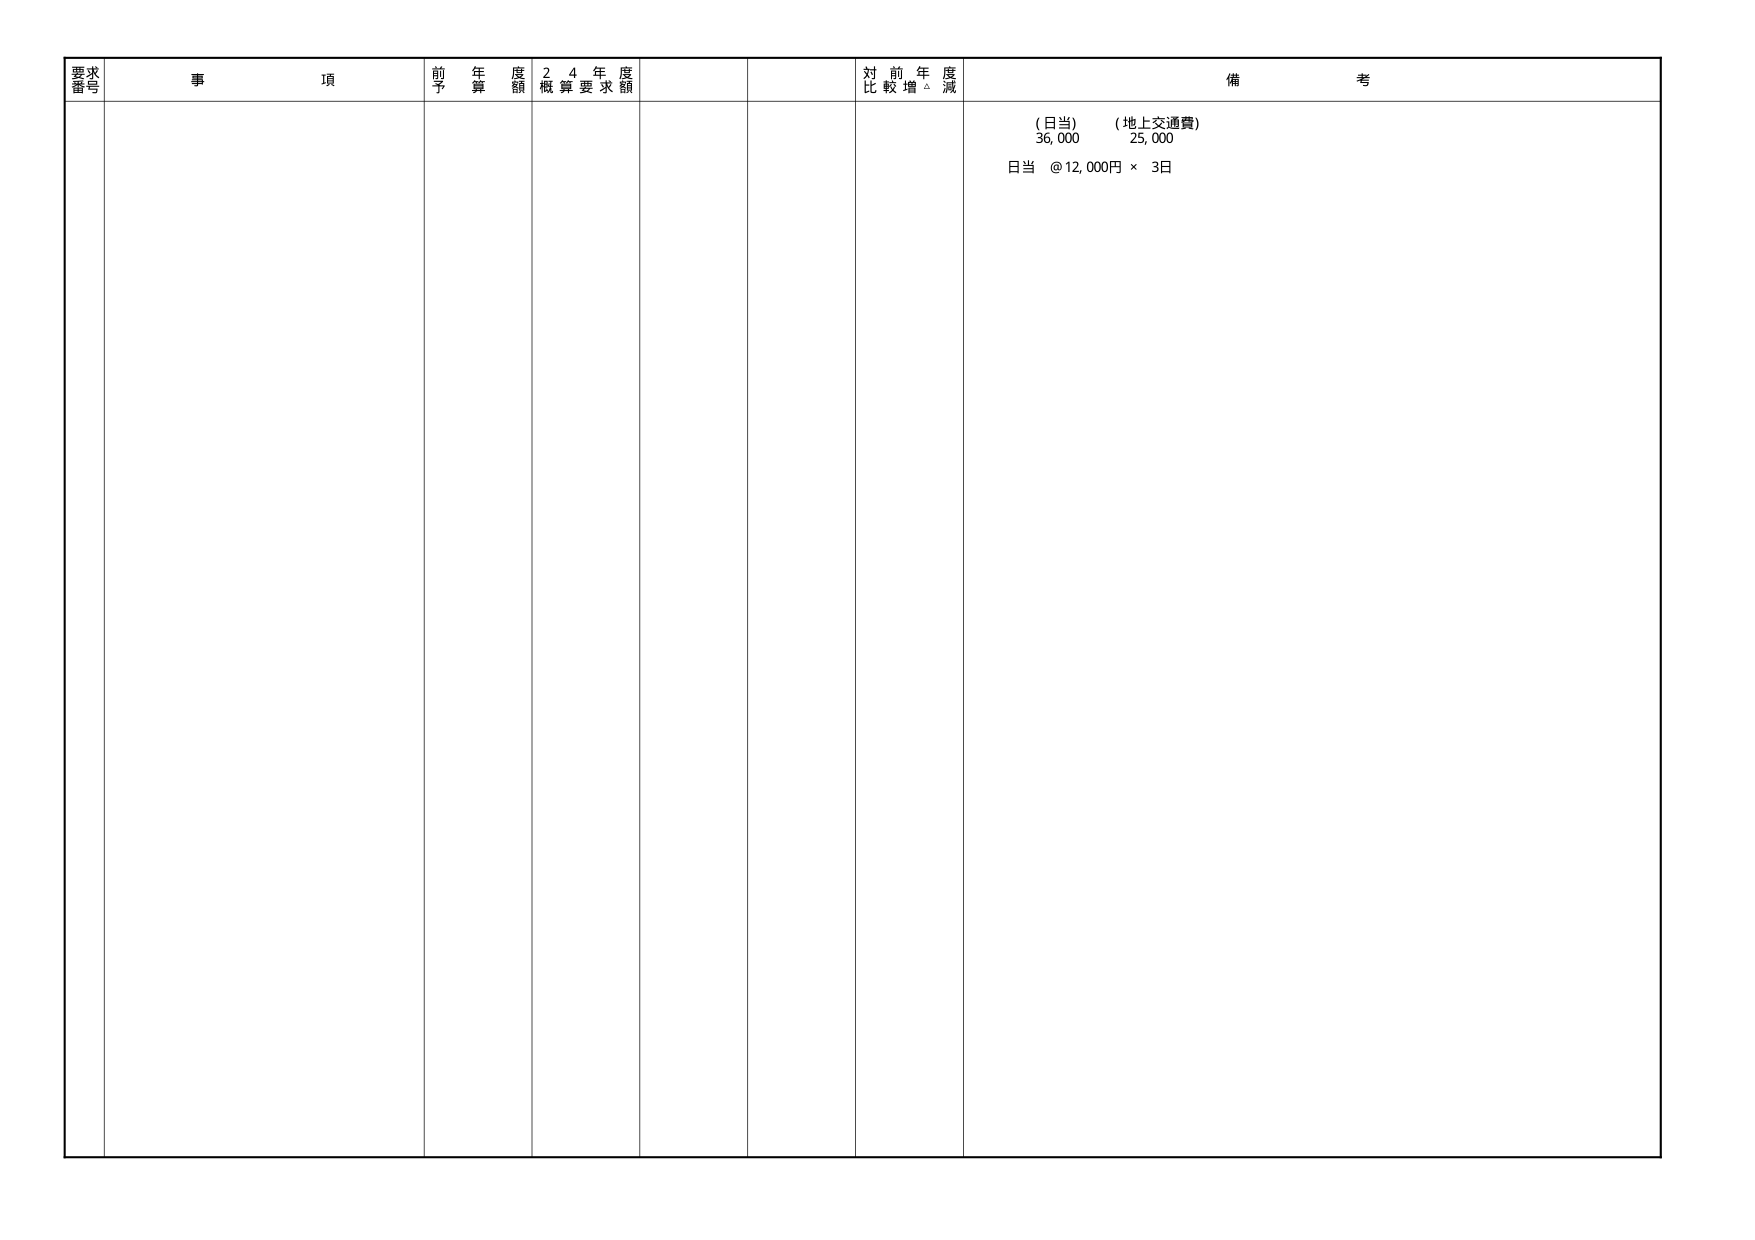
要求番号
事項
前年度予算額
24年度概算要求額
対前年度比較増減
備考
(日当) 36,000
(地上交通費) 25,000
日当 @12,000円 × 3日